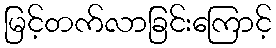
မြင့်တက်လာခြင်းကြောင့်